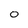
Character: 0